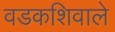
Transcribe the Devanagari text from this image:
वडकशिवाले